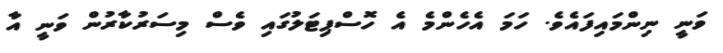
ވަނީ ނިންމައިފައެވެ. ހަމަ އެހެންމެ އެ ހޮސްޕިޓަލުގައި ވެސް މިސަރުކާރުން ވަނީ އާ